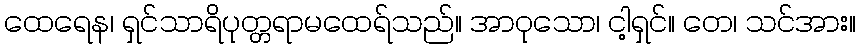
ထေရေန၊ ရှင်သာရိပုတ္တရာမထေရ်သည်။ အာဝုသော၊ ငါ့ရှင်။ တေ၊ သင်အား။